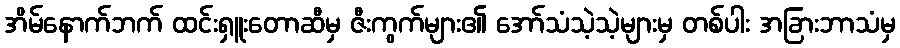
အိမ်နောက်ဘက် ထင်းရှူးတောဆီမှ ဇီးကွက်များ၏ အော်သံသဲ့သဲ့များမှ တစ်ပါး အခြားဘာသံမှ